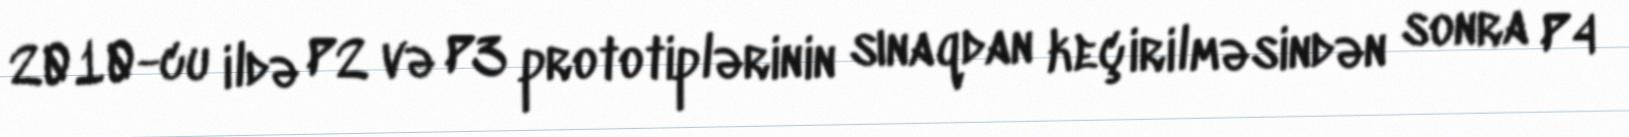
2010-cu ildə P2 və P3 prototiplərinin sınaqdan keçirilməsindən sonra P4